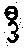
ဒီ